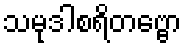
သမုဒါစရိတဗ္ဗော